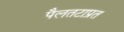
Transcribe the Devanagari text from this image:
पैलतटाप्रत